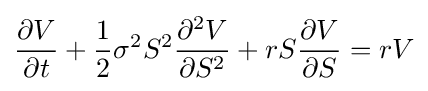
{\frac {\partial V}{\partial t}}+{\frac {1}{2}}\sigma ^{2}S^{2}{\frac {\partial ^{2}V}{\partial S^{2}}}+rS{\frac {\partial V}{\partial S}}=rV